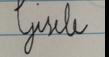
Signature authenticity: forged